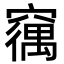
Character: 𮄘